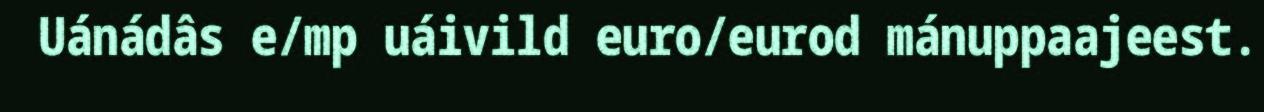
Uánádâs e/mp uáivild euro/eurod mánuppaajeest.